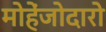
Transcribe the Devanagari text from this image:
मोहेंजोदारो